Annual vaccination report of Bihar and Orissa - 1911-1928
Year: 1911
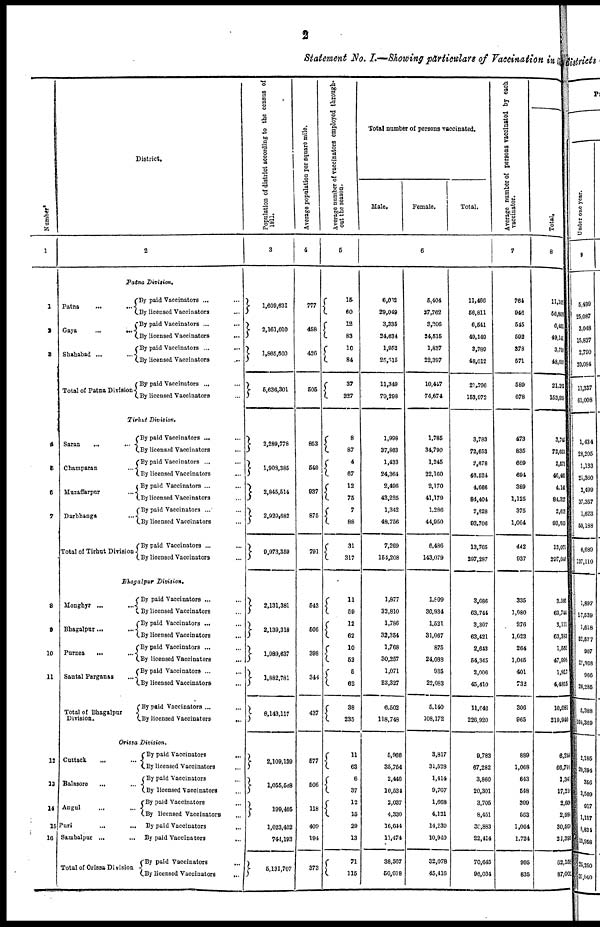
2
Statement No. I.—Showing particulars of Vaccination in the
Number.
1
1
2
3
4
5
6
7
8
9
10
11
12
13
14
15
16
District.
2
Patna Division.
Patna
...
...
Gaya
...
...
Shababad ... ...
Total of Patna Division
By paid Vaccinators ... ...
By licensed Vaccinators
...
By paid Vaccinators ... ...
By licensed Vaccinators
...
By paid Vaccinators ...
...
By licensed Vaccinators ...
By paid Vaccinators ... ...
By licensed Vaccinators ...
Tirhut Division.
Saran
...
...
Champaran ...
Muzaffarpur ...
Darbhanga ...
Total of Tirhut Division
By paid Vaccinators ... ...
By licensed Vaccinators
...
By paid Vaccinators ...
By licensed Vaccinators ...
By paid Vaccinators ... ...
By licensed Vaccinators ...
By paid Vaccinators ... ...
By licensed Vaccinators ...
By paid Vaccinators ... ...
By licensed Vaccinators ...
Bhagalpur Division.
Monghyr ... ...
Bhagalpur... ...
Purnea
... ...
Santal Parganas ...
Total of Bhagalpur
Division.
By paid Vaccinators ...
...
By licensed Vaccinators ...
By paid Vaccinators ... ...
By licensed Vaccinators
...
By paid Vaccinators ... ...
By licensed Vaccinators ...
By paid Vaccinators ... ...
By licensed Vaccinators ...
By paid Vaccinators ... ...
By licensed Vaccinators
...
Orissa Division.
Cuttack
... ...
Balasore ... ...
Angul ... ...
Puri
...
...
Sambalpur ... ...
Total of Orissa Division
By paid Vaccinators
...
By licensed Vaccinators ...
By paid Vaccinators ...
By licensed Vaccinators ...
By paid Vaccinators ...
By licensed Vaccinators ...
By paid Vaccinators
...
By paid Vaccinators
...
By paid Vaccinators ...
By licensed Vaccinators
...
Population of district according to the census of
1911.
3
1,609,631
2,161,010
1,865,660
5,636,301
2,289,778
1,908,385
2,845,514
2,929,682
9,973,359
2,131,381
2,139,318
1,989,637
1,882,781
8,143,117
2,109,139
1,055,568
199,405
1,023,402
744,193
5,131,707
Average population per square mile.
4
777
458
426
505
853
540
937
875
791
543
506
398
344
437
577
506
118
409
194
373
Average number of vaccinators employed through-
out the season.
5
15
60
12
83
10
84
37
227
8
87
4
67
12
75
7
88
31
317
11
59
12
62
10
52
5
62
38
235
11
63
6
37
12
15
29
13
71
115
Total number of persons vaccinated.
Male.
Female.
Total.
6
6,032
29,049
3,335
24,634
1,952
25,315
11,349
79,298
1,998
37,863
1,433
24,364
2,496
43,225
1,342
48,756
7,269
154,208
1,877
32,810
1,786
32,354
1,768
30,257
1,071
23,327
6,502
118,748
5,966
35,754
2,446
10,534
2,037
4,330
16,644
11,474
38,567
50,618
5,404
27,762
3,206
24,515
1,837
22,397
10,447
74,674
1,785
34,790
1,245
22,160
2,170
41,179
1,286
44,950
6,486
143,079
1,809
30,934
1,521
31,067
875
24,088
935
22,083
5,140
108,172
3,817
31,528
1,414
9,767
1,668
4,121
14,239
10,940
32,078
45,416
11,466
56,811
6,541
49,149
3,789
48,012
21,796
153,972
3,783
72,653
2,678
46,524
4,666
84,404
2,628
93,706
13,765
297,287
3,686
63,744
3,307
63,421
2,643
54,345
2,006
45,410
11,642
226,920
9,783
67,282
3,860
20,301
3,705
8,451
30,883
22,414
70,645
96,034
Average number of persons vaccinated by each
vaccinator.
7
764
946
545
592
378
571
589
678
473
835
669
694
389
1,125
375
1,064
442
937
335
1,980
276
1,023
264
1,046
401
732
306
965
889
1,068
643
548
309
563
1,064
1,724
995
835
Total.
8
11,102
56,806
6,451
49,141
3,710
48,010
21,263
153,953
3,745
72,653
2,572
46,461
4,141
84,327
2,612
93,592
13,071
297,040
3,592
63,744
3,111
63,383
1,561
47,998
1,817
4,4815
10,081
219,940
6,244
66,798
1,341
17,210
2,609
2,994
30,562
21,393
62,158
87,002